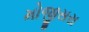
મોજીસરા